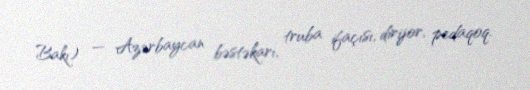
Bakı) — Azərbaycan bəstəkarı, truba ifaçısı, dirijor, pedaqoq.